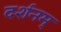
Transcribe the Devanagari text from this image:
दर्शनम्‌